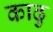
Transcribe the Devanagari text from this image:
काढु